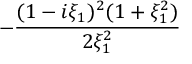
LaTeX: - { \frac { ( 1 - i \xi _ { 1 } ) ^ { 2 } ( 1 + \xi _ { 1 } ^ { 2 } ) } { 2 \xi _ { 1 } ^ { 2 } } }